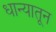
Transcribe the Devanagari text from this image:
धान्यातून